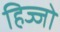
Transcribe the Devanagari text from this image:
हिज्जो